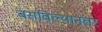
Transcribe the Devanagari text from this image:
बसविल्यानंतर